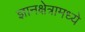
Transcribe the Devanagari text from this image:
ज्ञानक्षेत्रामध्ये